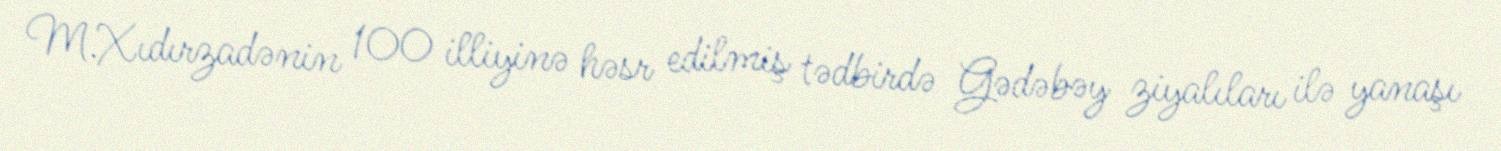
M.Xıdırzadənin 100 illiyinə həsr edilmiş tədbirdə Gədəbəy ziyalıları ilə yanaşı